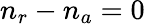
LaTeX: n_{r}-n_{a}=0